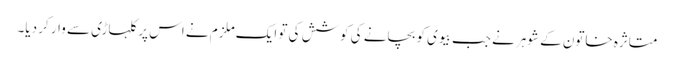
متاثرہ خاتون کے شوہر نے جب بیوی کو بچانے کی کوشش کی تو ایک ملزم نے اس پر کلہاڑی سے وار کر دیا۔